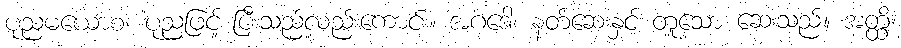
ပုညမယောစ၊ ပုညဖြင့် ပြီးသည်လည်းကောင်း။ အဂဒေါ၊ နတ်ဆေးနှင့် တူသော ဆေးသည်။ အတ္ထိ၊